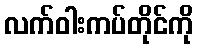
လက်ဝါးကပ်တိုင်ကို